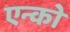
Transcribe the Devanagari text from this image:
एन्को